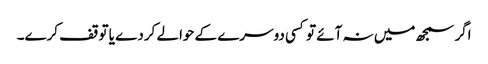
اگر سمجھ میں نہ آئے تو کسی دوسرے کے حوالے کردے یا توقف کرے۔